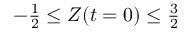
\begin{array} { r } { - \frac { 1 } { 2 } \le Z ( t = 0 ) \le \frac { 3 } { 2 } } \end{array}